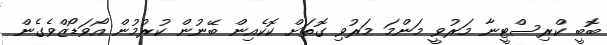
ބޮބީ ކްރިސްޓީނާ މަރުވީ މަންމަ މަރުވި ގޮތަށް ކޮކެއިން ބޭނުން ކުރުމުން އޯވަޑޯޒްވެގެން